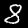
Label: 8